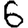
Digit: 6